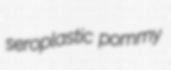
seroplastic pommy